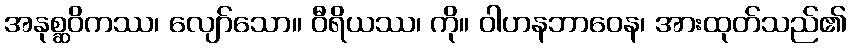
အနုစ္ဆဝိကဿ၊ လျော်သော။ ဝီရိယဿ၊ ကို။ ဝါဟနဘာဝေန၊ အားထုတ်သည်၏